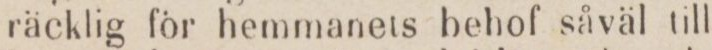
räcklig för hemmanets behof såväl till